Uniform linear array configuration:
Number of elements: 64
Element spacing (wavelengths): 0.75
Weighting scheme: binomial
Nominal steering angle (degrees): -60
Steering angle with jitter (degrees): -61.396
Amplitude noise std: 0.05
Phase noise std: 0.05

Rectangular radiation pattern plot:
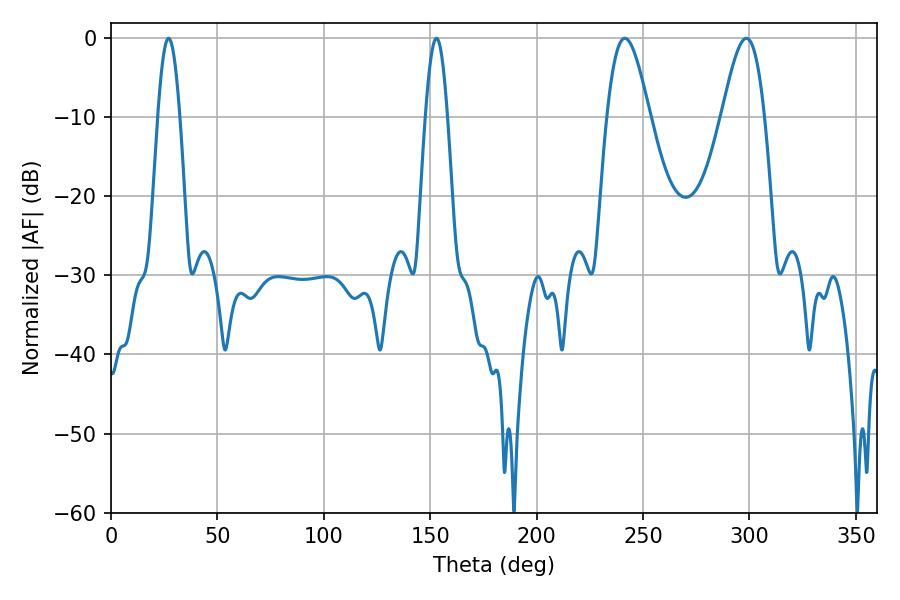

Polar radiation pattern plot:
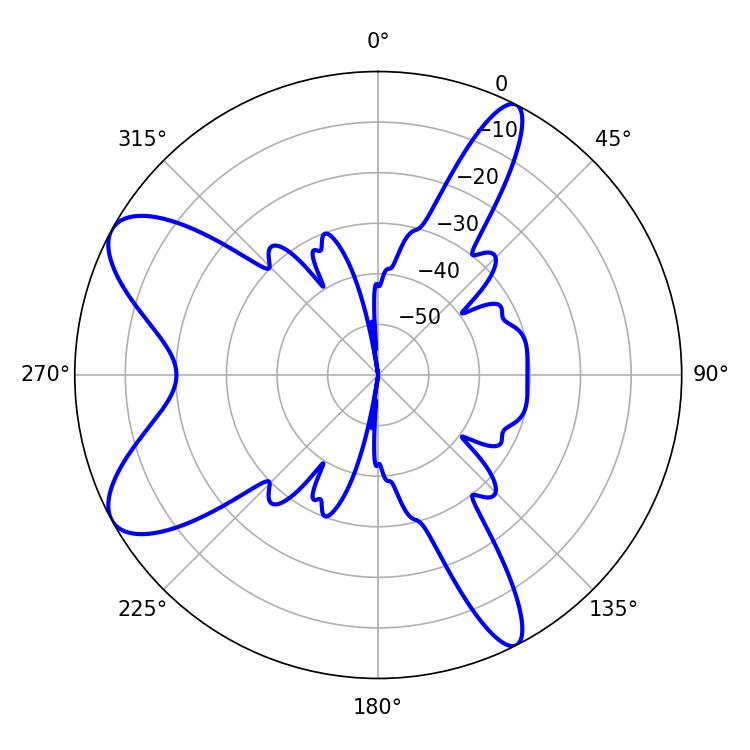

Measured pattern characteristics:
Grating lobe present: TRUE
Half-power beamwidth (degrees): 10.8
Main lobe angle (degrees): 241.38